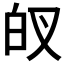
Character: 𱱻